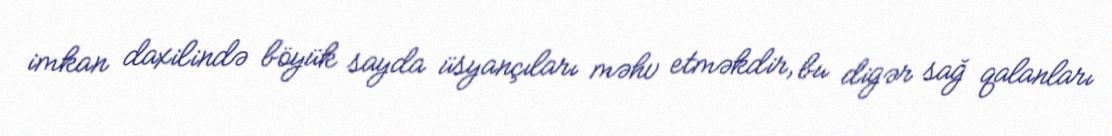
imkan daxilində böyük sayda üsyançıları məhv etməkdir, bu digər sağ qalanları